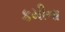
કમીના